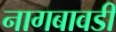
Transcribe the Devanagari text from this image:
नागबावडी